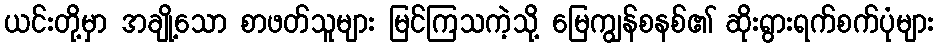
ယင်းတို့မှာ အချို့သော စာဖတ်သူများ မြင်ကြသကဲ့သို့ မြေကျွန်စနစ်၏ ဆိုးရွားရက်စက်ပုံများ